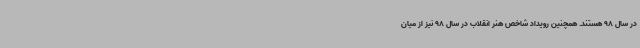
در سال 98 هستند. همچنین رویداد شاخص هنر انقلاب در سال 98 نیز از میان